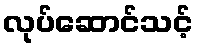
လုပ်ဆောင်သင့်